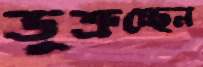
ডুক্‌রচ্ছেন